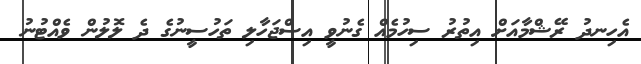
އެހިނދު ރޭޝްމާއަށް އިތުރު ސިހުމެއް ގެނުވީ އިސްޖަހާލި ތަހުސީނުގެ ދެ ލޮލުން ވެއްޓުނު